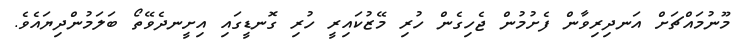
މޫނުމައްޗަށް އަނދިރިވާން ފެށުމުން ޖެހިގެން ހުރި މޭޒުކައިރީ ހުރި ގޮނޑީގައި އިށީނދެވޭތޯ ބަލަމުންދިޔައެވެ.